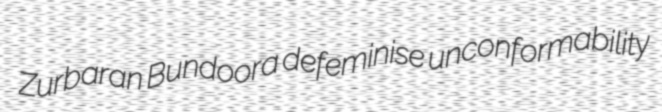
Zurbaran Bundoora defeminise unconformability